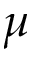
\mu